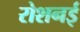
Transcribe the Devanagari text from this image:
रोशनई